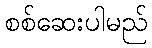
စစ်ဆေးပါမည်